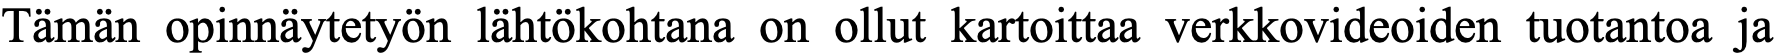
Tämän opinnäytetyön lähtökohtana on ollut kartoittaa verkkovideoiden tuotantoa ja